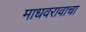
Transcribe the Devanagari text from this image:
माधवरावाचा